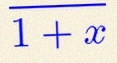
\frac{1}{1+x}